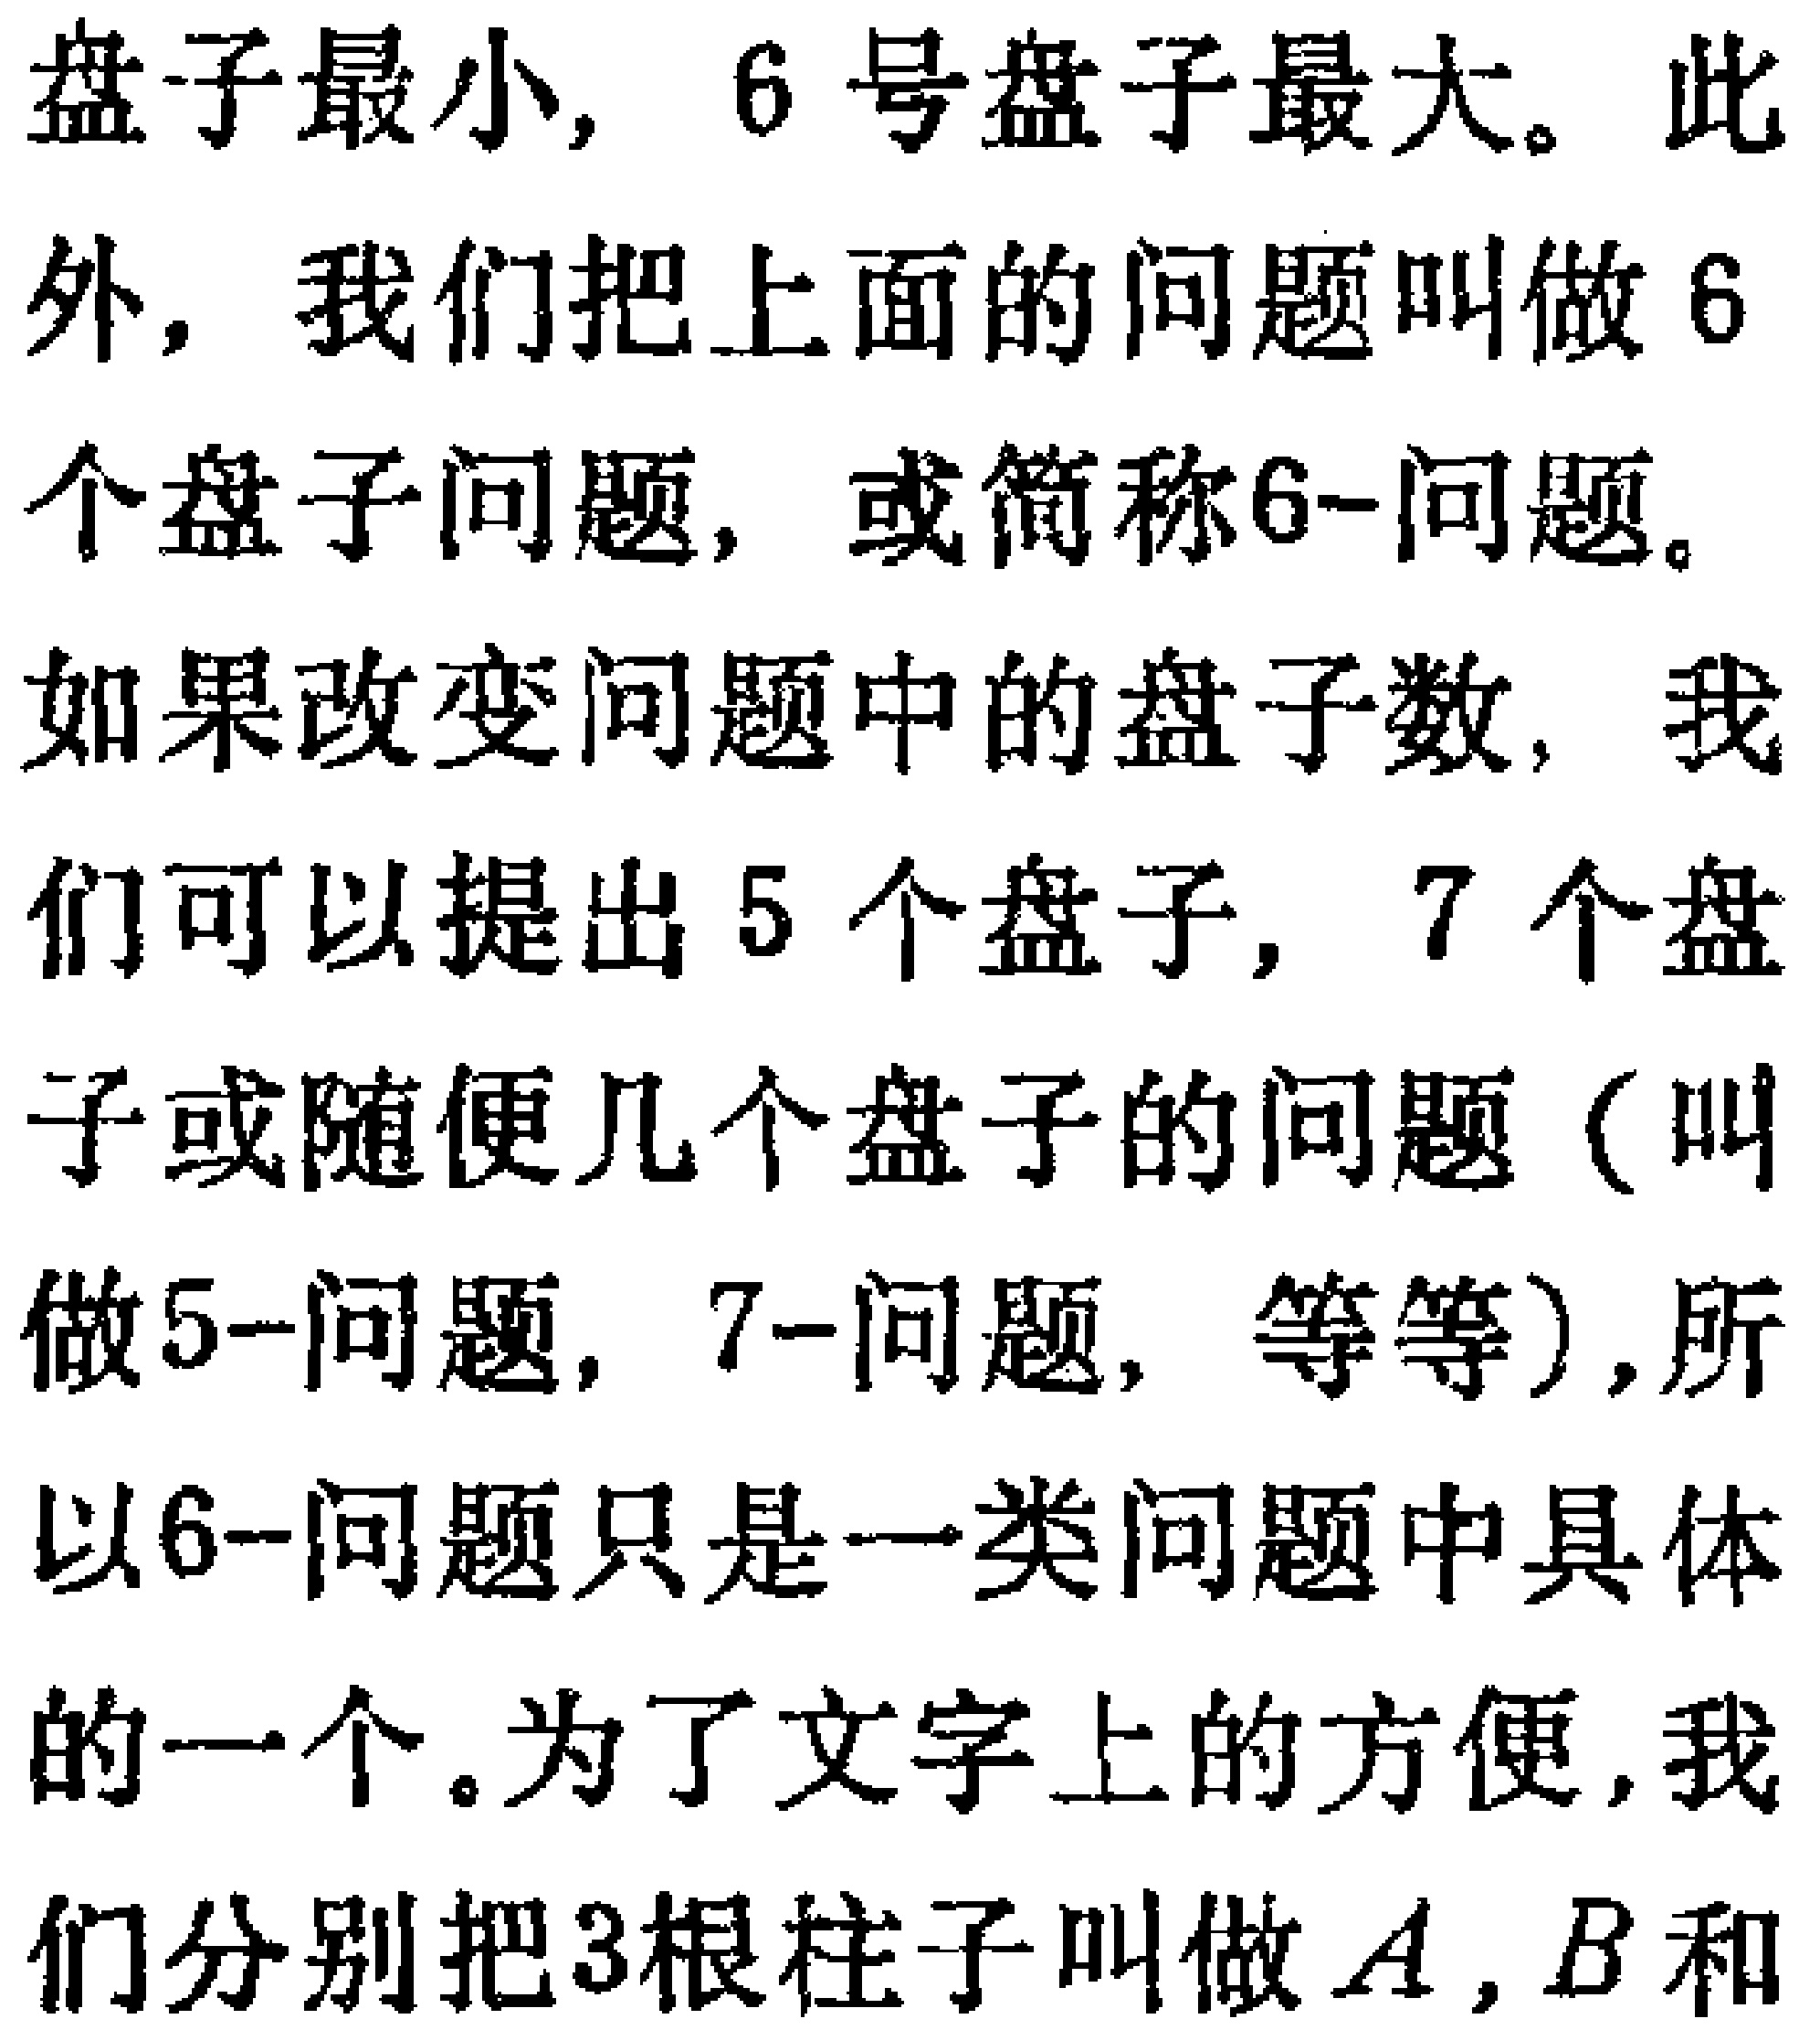
盘子最小, 6号盘子最大。此外, 我们把上面的问题叫做6个盘子问题, 或简称6-问题。如果改变问题中的盘子数, 我们可以提出5个盘子, 7个盘子或随便几个盘子的问题（叫做5-问题, 7-问题, 等等）,所以6-问题只是一类问题中具体的一个。为了文字上的方便,我们分别把3根柱子叫做\(A\), \(B\)和